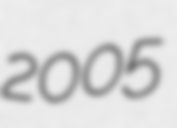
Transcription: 2005